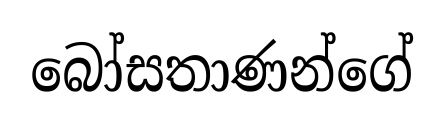
බෝසතාණන්ගේ